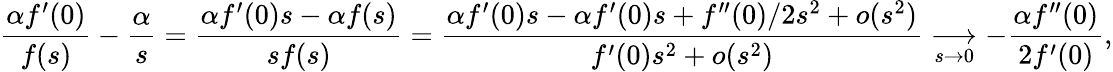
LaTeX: \frac{\alpha f^{\prime}(0)}{f(s)}-\frac{\alpha}{s}=\frac{\alpha f^{\prime}(0)s-\alpha f(s)}{sf(s)}=\frac{\alpha f^{\prime}(0)s-\alpha f^{\prime}(0)s+f^{\prime\prime}(0)/2s^{2}+o(s^{2})}{f^{\prime}(0)s^{2}+o(s^{2})}\underset{s\to 0}\longrightarrow-\frac{\alpha f^{\prime\prime}(0)}{2f^{\prime}(0)},